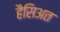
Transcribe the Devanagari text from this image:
हैसिअत